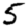
Digit: 5